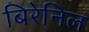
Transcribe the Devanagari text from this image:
बिरेनिल